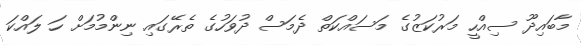
މާބައިދޫ ސިއްހީ މަރުކަޒުގެ މަސައްކަތް ދެމަސް ދުވަހުގެ ތެރޭގައި ނިންމުމަށް ހަ ލައްކަ